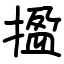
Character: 㨕